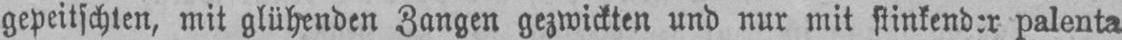
palenta